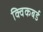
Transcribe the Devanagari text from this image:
क्विकबर्ड